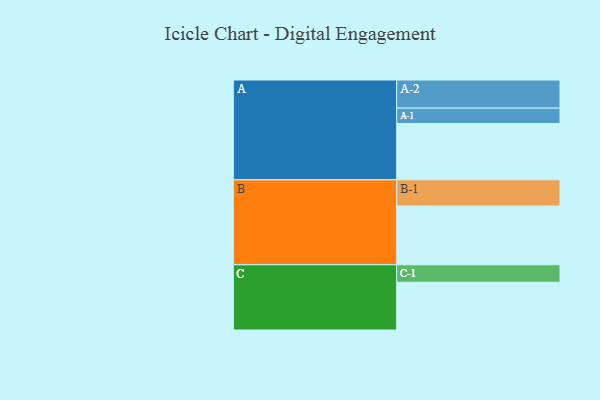
{"axis": {"x": "Segment", "y": "Value"}, "legend": ["", "A", "B", "C"], "data": [{"x": "A", "y": 560, "type": ""}, {"x": "B", "y": 585, "type": ""}, {"x": "C", "y": 475, "type": ""}, {"x": "A-1", "y": 153, "type": "A"}, {"x": "A-2", "y": 280, "type": "A"}, {"x": "B-1", "y": 261, "type": "B"}, {"x": "C-1", "y": 174, "type": "C"}]}